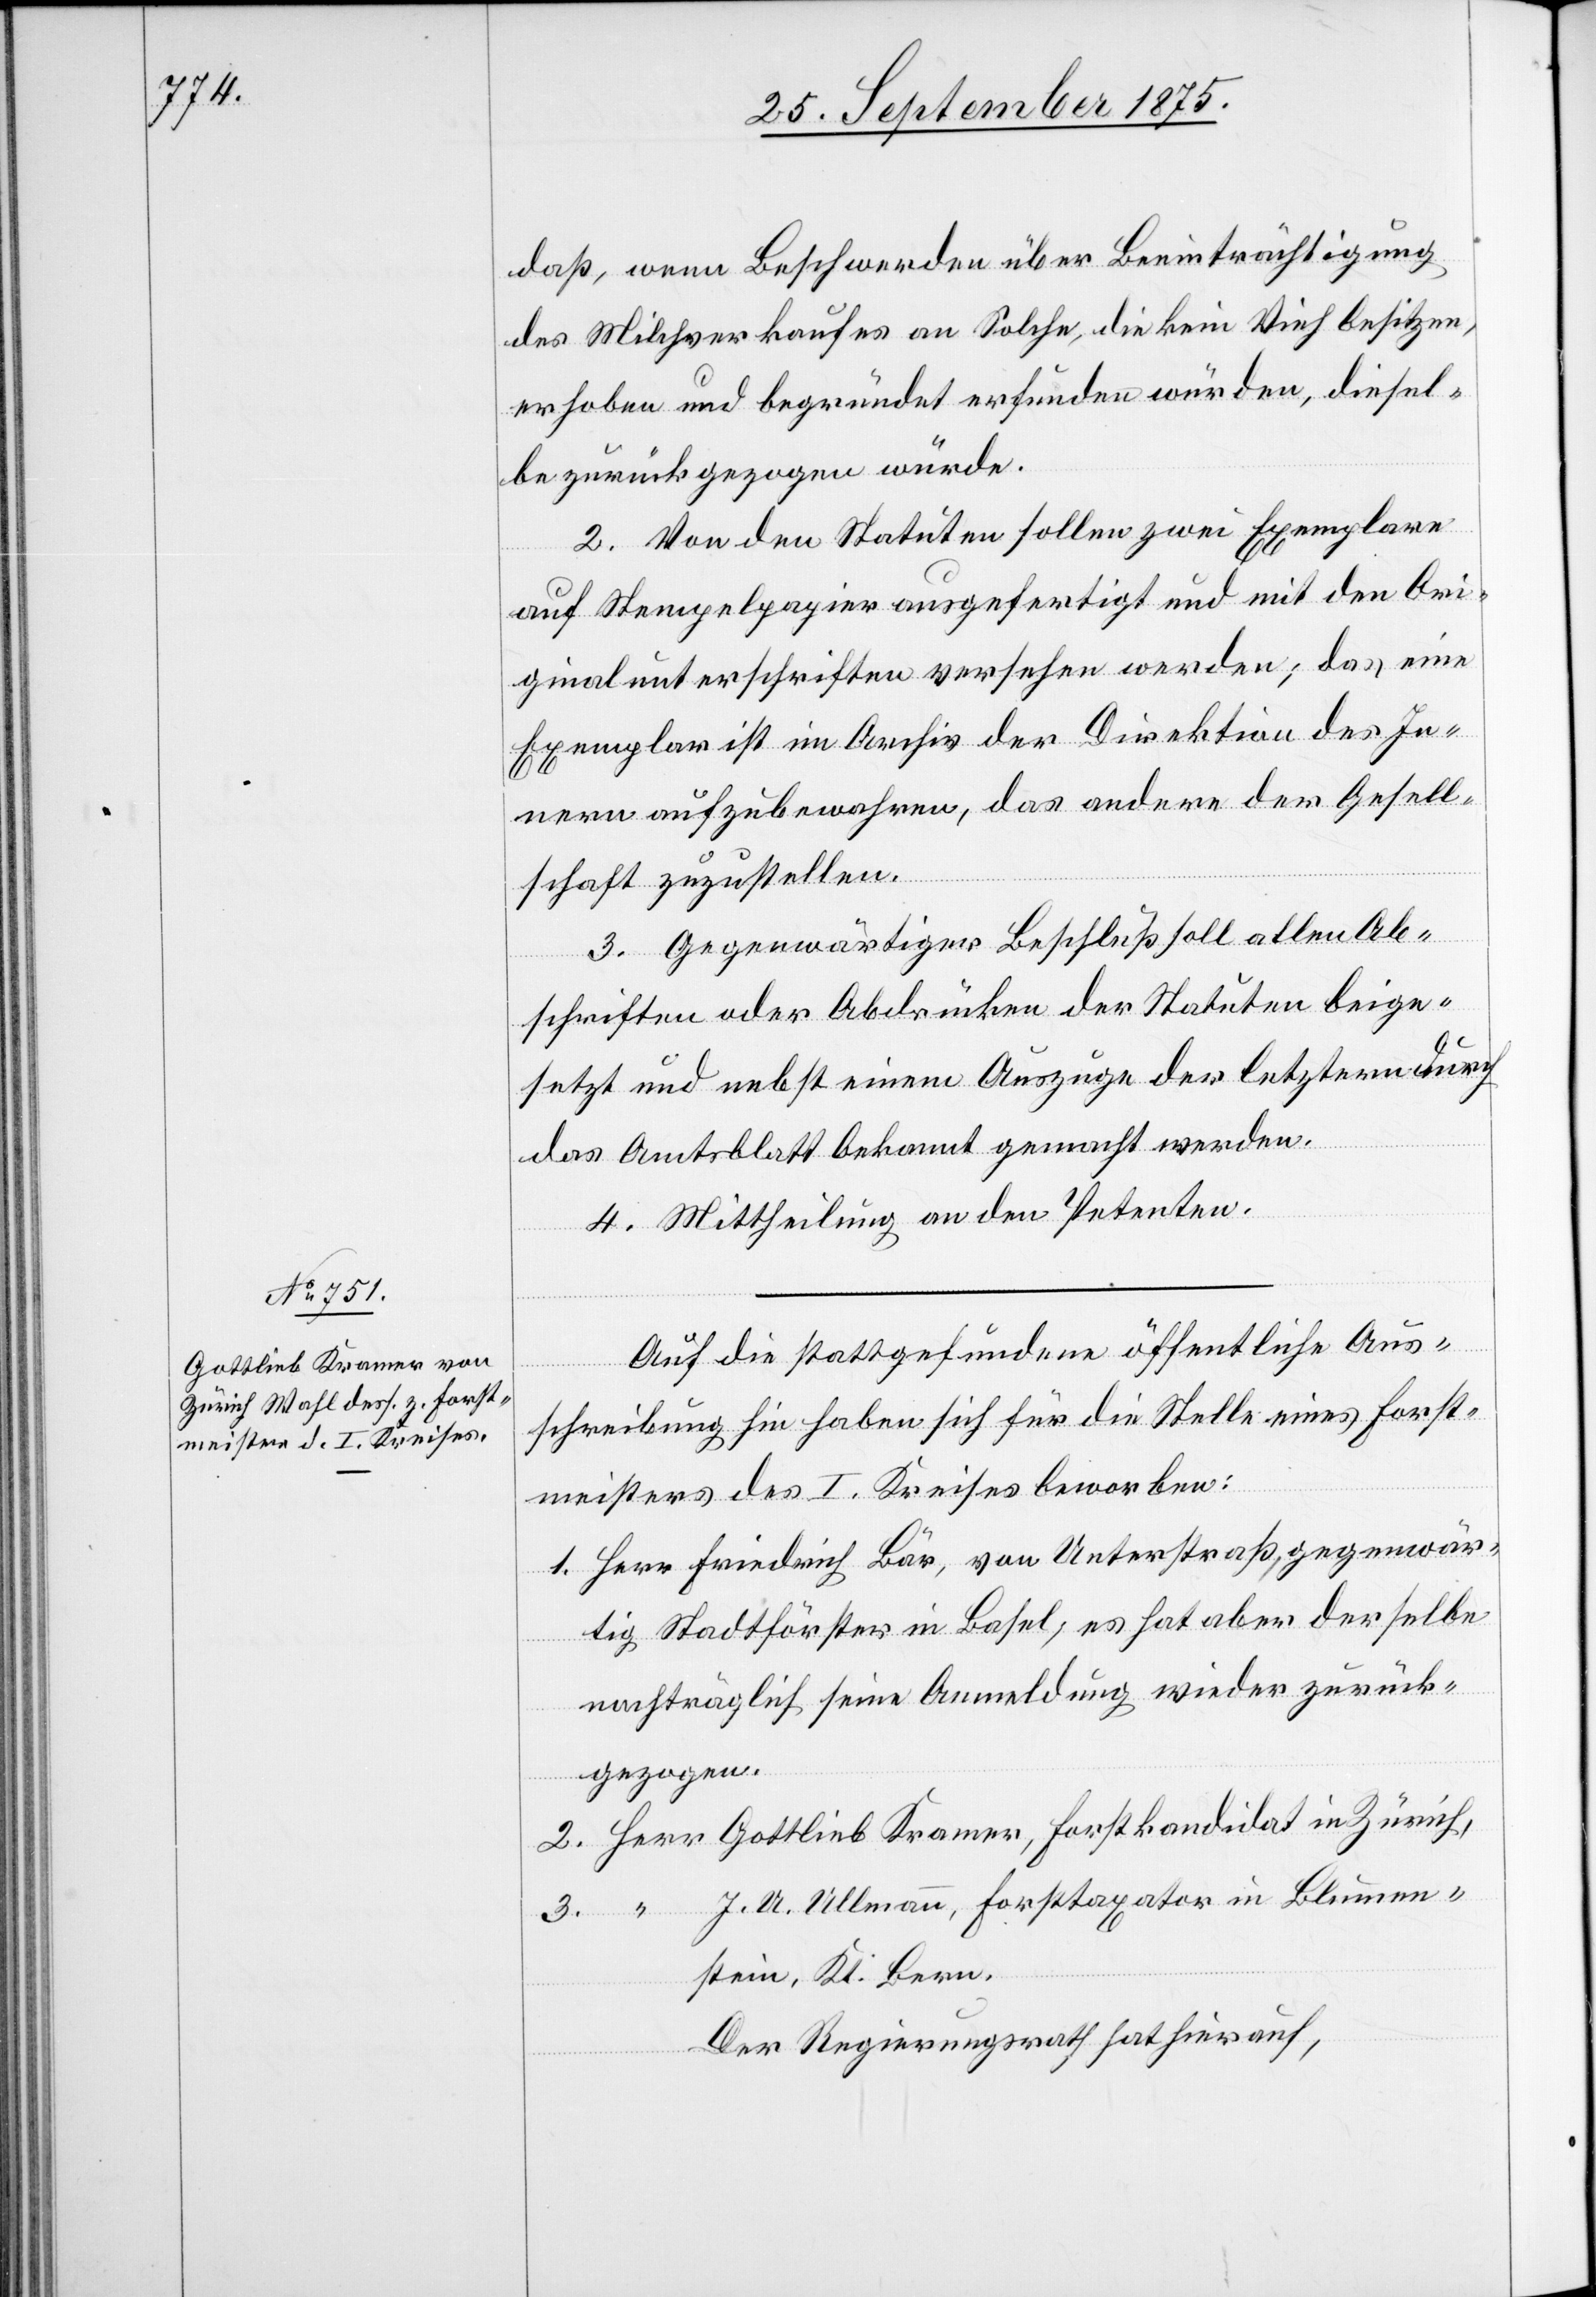
daß, wenn Beschwerden über Beeinträchtigung
des Milchverkaufes an Solche, die kein Vieh besitzen,
erhoben und begründet erfunden würden, diesel¬
be zurückgezogen würde.
2. Von den Statuten sollen zwei Exemplare
auf Stempelpapier ausgefertigt und mit den Ori¬
ginalunterschriften versehen werden; das eine
Exemplar ist im Archiv der Direktion des In¬
nern aufzubewahren, das andere der Gesell¬
schaft zuzustellen.
3. Gegenwärtiger Beschluß soll allen Ab¬
schriften oder Abdrücken der Statuten beige¬
setzt und nebst einem Auszuge der letztern durch
das Amtsblatt bekannt gemacht werden.
4. Mittheilung an den Petenten.
Auf die stattgefundene öffentliche Aus¬
schreibung hin haben sich für die Stelle eines Forst¬
meisters des I. Kreises beworben:
1. Herr Friedrich Bär, von Unterstraß, gegenwär¬
tig Stadtförster in Basel, es hat aber derselbe
nachträglich seine Anmeldung wieder zurück¬
gezogen.
2. Herr Gottlieb Kramer, Forstkandidat in Zürich,
3. “ J. U. Ullmann; Forsttaxator in Blumen¬
stein, Kt. Bern.
Der Regierungsrath hat hierauf,